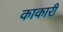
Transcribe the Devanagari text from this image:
काकारी